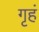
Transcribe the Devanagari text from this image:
गृहं